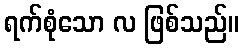
ရက်စုံသော လ ဖြစ်သည်။